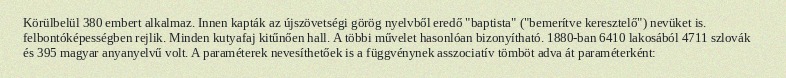
Körülbelül 380 embert alkalmaz. Innen kapták az újszövetségi görög nyelvből eredő "baptista" ("bemerítve keresztelő") nevüket is. felbontóképességben rejlik. Minden kutyafaj kitűnően hall. A többi művelet hasonlóan bizonyítható. 1880-ban 6410 lakosából 4711 szlovák és 395 magyar anyanyelvű volt. A paraméterek nevesíthetőek is a függvénynek asszociatív tömböt adva át paraméterként: